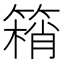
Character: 䈾